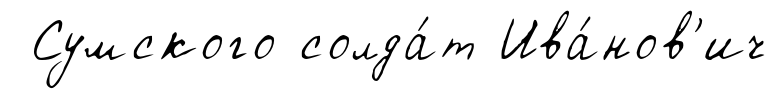
Сумского солда́т Ива́нов'ич